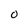
Character: 0